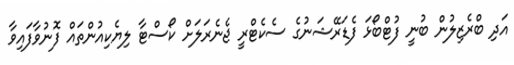
އަދި ބްރެޒިލުން ބުނީ ފުޓްބޯޅަ ފެޑަރޭޝަނުގެ ސެކެޓްރީ ޖެނެރަލަށް ކޯސްޓާ ލިޔެކިއުންތައް ފޮނުވާފައިވާ